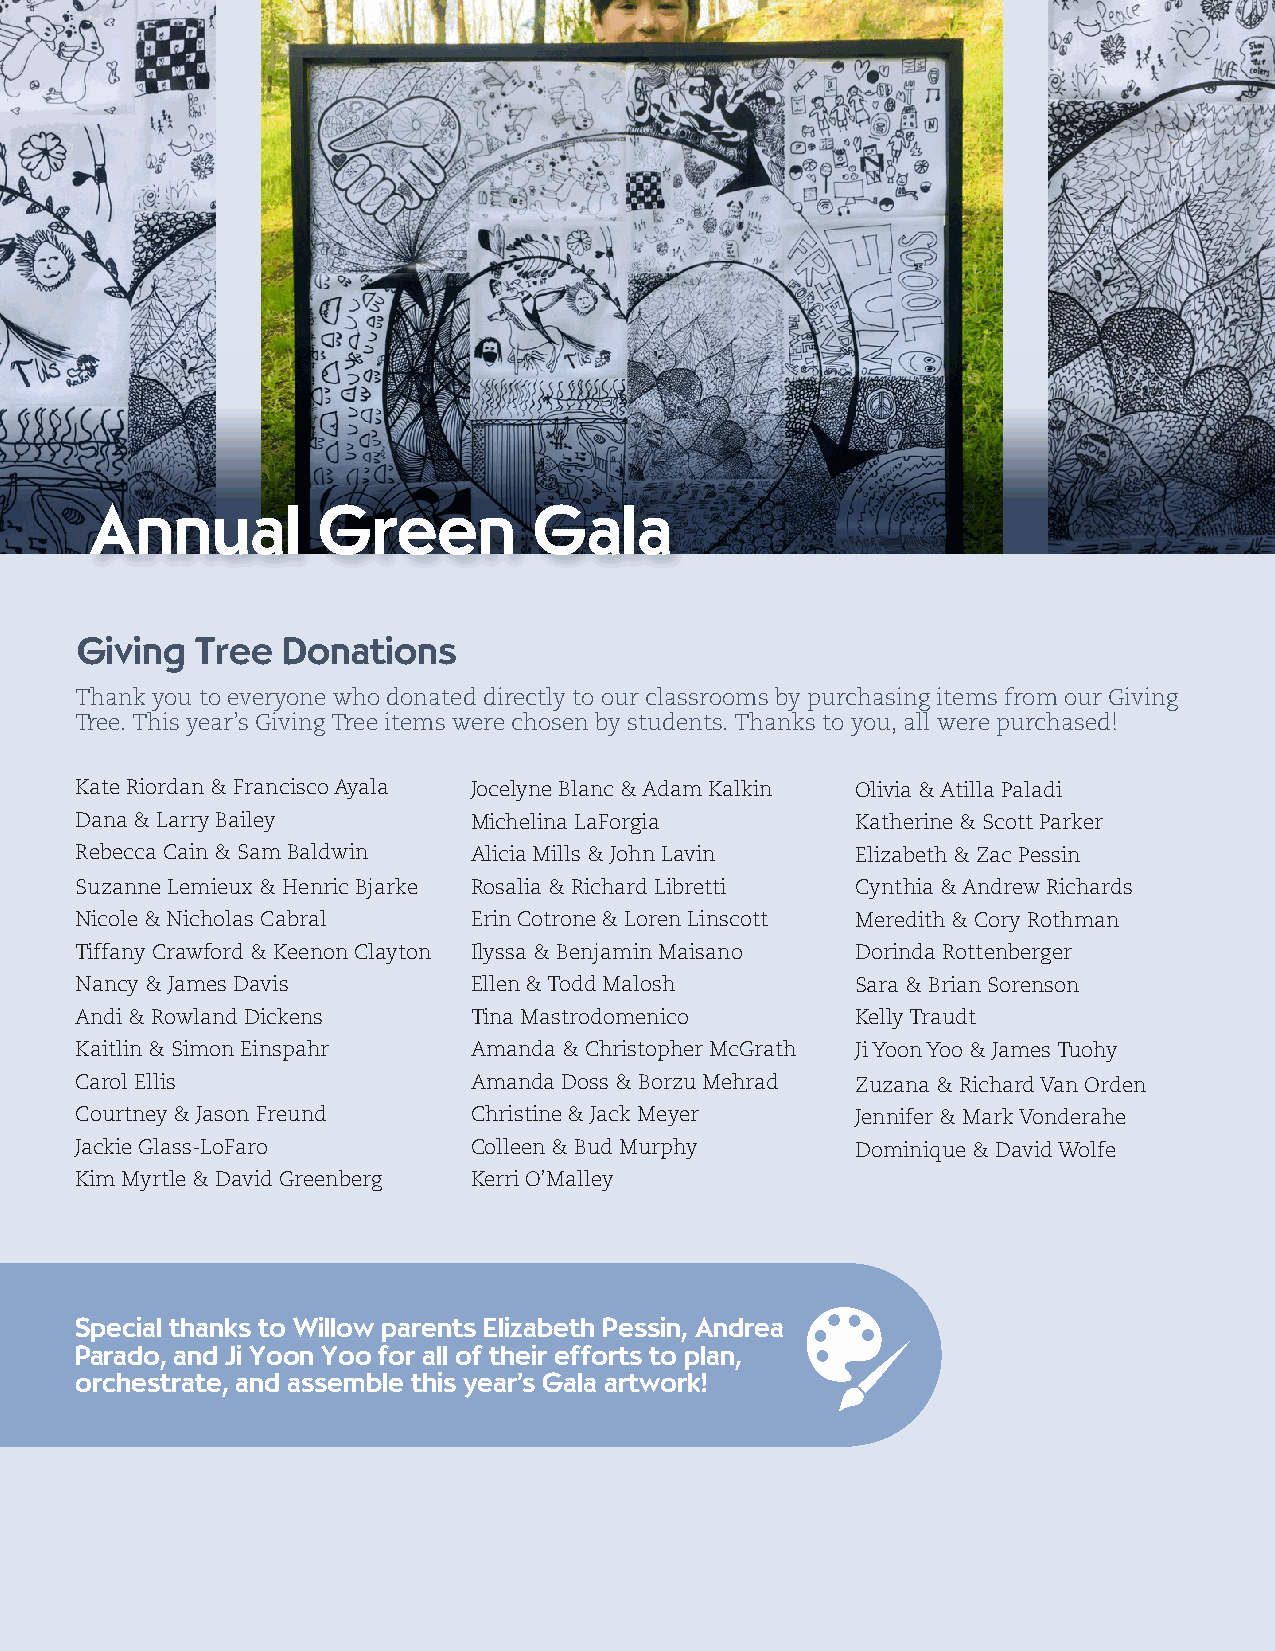
Annual         Green         Gala
 Giving  Tree  Donations
 Thank you to everyone who donated directly to our classrooms by purchasing items from our Giving
 Tree. This year’s Giving Tree items were chosen by students. Thanks to you, all were purchased!
 Kate Riordan & Francisco Ayala Jocelyne Blanc & Adam Kalkin Olivia & Atilla Paladi
 Dana & Larry Bailey       Michelina LaForgia        Katherine & Scott Parker
 Rebecca Cain & Sam Baldwin Alicia Mills & John Lavin Elizabeth & Zac Pessin
 Suzanne Lemieux & Henric Bjarke Rosalia & Richard Libretti Cynthia & Andrew Richards
 Nicole & Nicholas Cabral  Erin Cotrone & Loren Linscott Meredith & Cory Rothman
 Tiffany Crawford & Keenon Clayton Ilyssa & Benjamin Maisano Dorinda Rottenberger
 Nancy & James Davis       Ellen & Todd Malosh       Sara & Brian Sorenson
 Andi & Rowland Dickens    Tina Mastrodomenico       Kelly Traudt
 Kaitlin & Simon Einspahr  Amanda & Christopher McGrath Ji Yoon Yoo & James Tuohy
 Carol Ellis               Amanda Doss & Borzu Mehrad Zuzana & Richard Van Orden
 Courtney & Jason Freund   Christine & Jack Meyer    Jennifer & Mark Vonderahe
 Jackie Glass-LoFaro       Colleen & Bud Murphy      Dominique & David Wolfe
 Kim Myrtle & David Greenberg Kerri O’Malley
 Special thanks to Willow parents Elizabeth Pessin, Andrea
 Parado, and Ji Yoon Yoo for all of their efforts to plan,
 orchestrate, and assemble this year’s Gala artwork!